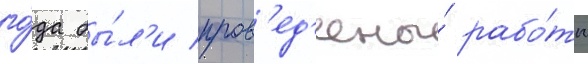
го́да бы́л'и пров'ед'ены́ рабо́ты